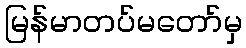
မြန်မာတပ်မတော်မှ